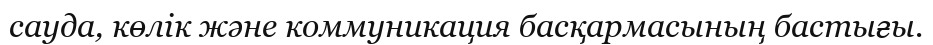
сауда, көлік және коммуникация басқармасының бастығы.